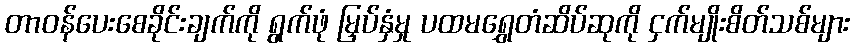
တာဝန်ပေးစေခိုင်းချက်ကို ရွက်ဖုံ မြှပ်နှံမှု ပထမရွှေတံဆိပ်ဆုကို ငှက်မျိုးစိတ်သစ်များ